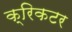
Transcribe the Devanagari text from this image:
क्रिकटर